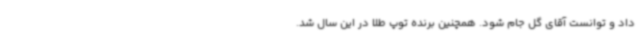
داد و توانست آقای گل جام شود. همچنین برنده توپ طلا در این سال شد.